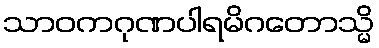
သာဝကဂုဏပါရမိဂတောသ္မိ